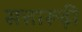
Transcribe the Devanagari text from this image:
सत्तारूढ़ी